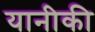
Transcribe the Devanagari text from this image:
यानीकी